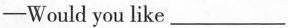
—Would you like___